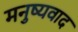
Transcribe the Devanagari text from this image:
मनुष्यवाद